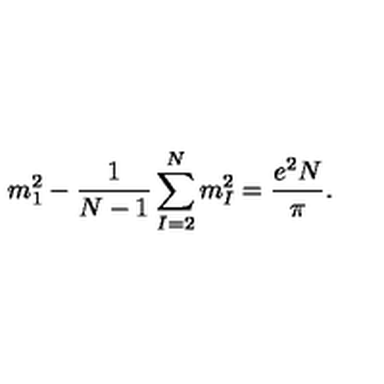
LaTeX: m _ { 1 } ^ { 2 } - \frac { 1 } { N - 1 } \sum _ { I = 2 } ^ { N } m _ { I } ^ { 2 } = \frac { e ^ { 2 } N } { \pi } .